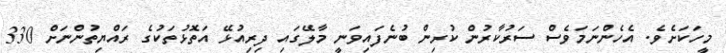
މީހަކަށެވެ. އެހެންނަމަވެސް ސަރުކާރުން ކުރިން ބުނެފައިވަނީ މާލޭގައި ދިރިއުޅޭ އަތޮޅުތަކުގެ ރައްޔިތުންނަށް 330